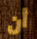
أن